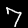
Label: 7